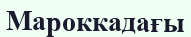
Мароккадағы